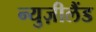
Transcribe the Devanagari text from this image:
न्युज़ीलैंड